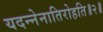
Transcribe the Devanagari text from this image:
यदन्नेनातिरोहति॥२॥